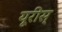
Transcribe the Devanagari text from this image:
यूरीस्